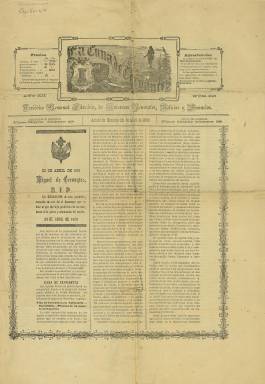
Título: La Cuna de Cervantes
Colección: Periódicos
Ámbito geográfico: Madrid
Lugar de publicación: Alcalá de Henares (Madrid)
Fechas: 23/04/1888-23/04/1888

Periódico de Alcalá de Henares fundado por Federico García Carballo en 1876 con el objeto tanto de defender el nacimiento de Cervantes en la localidad como de contribuir al levantamiento de un monumento en su honor financiado por el Ayuntamiento, lo que se llevó a cabo en 1879.

    Ya en el siglo XVIII surgió la hipótesis de que Cervantes podría haber nacido en Alcázar de San Juan, en la provincia de Ciudad Real, algo que estaba en debate cuando apareció en Alcalá el periódico La Cuna de Cervantes, y que es un asunto recurrente, como lo prueba que en 2014 el Ayuntamiento de Alcázar de San Juan nombrara al escritor hijo predilecto. Aunque desde el siglo XIX pocas dudas hay de que su nacimiento se produjo en Alcalá de Henares.

   García Carballo, que fundó también una imprenta, era concejal del Ayuntamiento y formó parte de la comisión formada en 1877 para celebrar el nacimiento de Cervantes, comisión que estaba presidida por el alcalde de Alcalá, Esteban Azaña, padre del que llegaría a ser presidente de la II República, Manuel Azaña.

La Cuna de Cervantes, como periódico oficial, hizo una amplia descripción en sus páginas de la fiesta celebrada con este motivo y García Carballo propuso la realización de una rifa para sufragar el monumento.

 El 9 de octubre de 1878 se puso la primera piedra del pedestal en la plaza principal de Alcalá y se enterró junto al acta municipal, monedas de la época y un ejemplar de La Cuna de Cervantes. Fue justo un año después cuando se inauguró la estatua del autor del Quijote.

   La BNE sólo conserva un número de este periódico, el correspondiente al 23 de abril de 1888, día y mes en los que se conmemora la muerte del escritor. En él se hace eco de la propuesta de crear una biblioteca-museo en una casa donde hubiera vivido Cervantes, así como de la polémica sobre si debía hacerse en Valladolid, donde pasó algunos años, o en Esquivias, localidad toledana donde vivió con su mujer Catalina de Palacios Salazar.

  En otro artículo se informa del hallazgo en Argel de la gruta donde se ocultó Cervantes con sus compañeros antes de su evasión.

   El periódico, de cuatro páginas y periodicidad semanal, incluía noticias locales y anuncios en su última página, entre ellos uno de Esteban Azaña sobre la Historia de Alcalá de Henares.

[Descripción publicada el 08/04/2020]